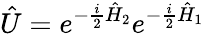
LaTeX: \hat{U}=e^{-\frac{i}{2}\hat{H}_{2}}e^{-\frac{i}{2}\hat{H}_{1}}